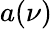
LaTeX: a(\nu)